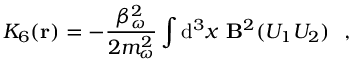
K _ { 6 } ( { \bf r } ) = - \frac { \beta _ { \omega } ^ { 2 } } { 2 m _ { \omega } ^ { 2 } } \int \mathrm { d } ^ { 3 } x ~ { \bf B } ^ { 2 } ( U _ { 1 } U _ { 2 } ) ~ ~ ,